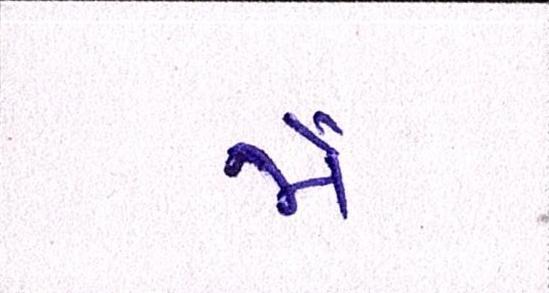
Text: મૈં